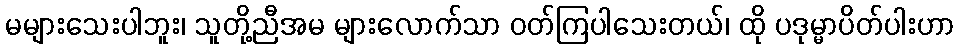
မများသေးပါဘူး၊ သူတို့ညီအမ များလောက်သာ ဝတ်ကြပါသေးတယ်၊ ထို ပဒုမ္မာပိတ်ပါးဟာ